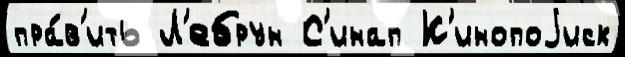
пра́в'ить Л'ебрун С'инап К'инопоjиск